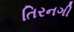
તિરનગી